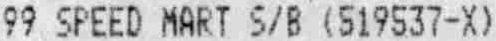
99 SPEED MART S/B (519537-X)